Lunatic asylums in Bengal annual reports 1888-1898 - 1888-1898
Year: 1888
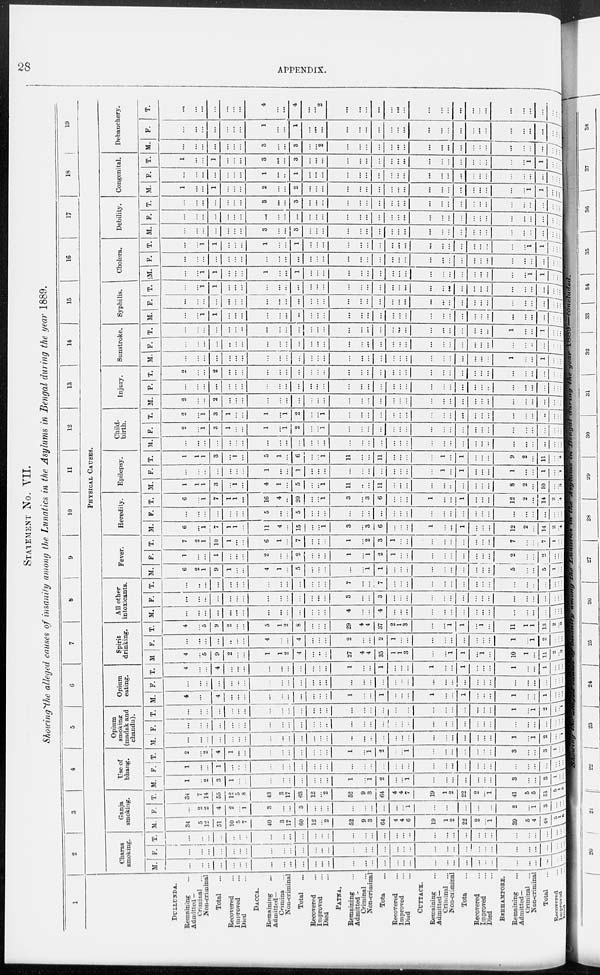
28
APPENDIX.
STATEMENT NO. VII.
Showing the alleged causes of insanity among the Lunatics in the Asylums in Bengal during the year 1889.
1
DULLUNDA.
Remaining ...
Admitted -
Criminal ...
Non-criminal
Total ...
Recovered ...
Improved ...
Died ...
DACCA.
Remaining ...
Admitted—
Criminal ...
Non-criminal
Total ...
Recovered ...
Improved ...
Died ...
PATNA.
Remaining ...
Admitted -
Criminal ...
Non-criminal
Total ...
Recovered ...
Improved ...
Died ...
CUTTACK.
Remaining ...
Admitted—
Criminal ...
Non-criminal
Total ...
Recovered ...
Improved ...
Died ...
BERHAMPORE.
Remaining ...
Admitted—
Criminal ...
Non-criminal
Total ...
Recovered ...
Improved ...
Died ...
2
3
4
5
6
7
8
9
10
11
12
13
14
15
16
17
18
19
PHYSICAL
CAUSES.
Charas
smoking.
M.
...
...
...
...
...
...
...
...
...
...
...
...
...
...
...
...
...
...
...
...
...
...
...
...
...
...
...
...
...
...
...
...
...
...
...
F.
...
...
...
...
...
...
...
...
...
...
...
...
...
...
...
...
...
...
...
...
...
...
...
...
...
...
...
...
...
...
...
...
...
...
...
T.
...
...
...
...
...
...
...
...
...
...
...
...
...
...
...
...
...
...
...
...
...
...
...
...
...
...
...
...
...
...
...
...
...
...
...
Ganja
smoking.
M.
34
5
12
51
10
5
7
40
3
17
60
12
...
2
52
9
3
64
4
4
6
19
1
2
22
2
...
1
39
5
4
48
5
1
5
F.
...
2
2
4
2
...
1
3
...
...
3
...
...
...
...
...
...
...
...
...
1
...
...
...
...
...
...
...
2
...
1
3
...
...
...
T.
34
7
14
55
12
5 8
43
3
17
63
12
...
2
52
9
3
64
4
4
7
19
1
2
22
2
...
1
41
5
5
51
5 1 5
Use of
bhang.
M.
1
...
2
3
1
...
...
...
...
...
...
...
...
...
1
...
1
2
...
...
1
...
...
...
...
...
...
...
3
...
...
3
1 ...
...
F.
1
...
...
1
...
...
...
...
...
...
...
...
...
...
. ..
...
...
...
...
...
...
...
...
...
...
...
...
...
...
...
...
...
...
...
...
T.
2
...
2
4
1
...
...
...
...
...
...
...
...
...
1
...
1
2
...
...
1
...
...
...
...
...
...
...
3
...
...
3
1
...
...
Opium
smoking
(madak and
chandu).
M.
...
...
...
...
...
...
...
...
...
...
...
...
...
...
. ..
...
...
...
...
...
...
...
...
...
...
...
...
...
1
...
1
2
...
...
1
F.
...
...
...
...
...
...
...
...
...
...
...
...
...
...
...
...
...
...
...
...
...
...
...
...
...
...
...
...
...
...
...
...
...
...
...
T.
...
...
...
...
...
...
...
...
...
...
...
...
...
...
...
...
...
...
...
...
...
...
...
...
...
...
...
...
1
...
1
2
...
...
1
Opium
eating.
M.
4
...
...
4
...
...
...
...
...
...
...
...
...
...
1
...
...
1
...
...
...
1
...
...
1
...
...
...
1
...
...
1
...
...
...
F.
...
...
...
...
...
...
...
...
...
...
...
...
...
...
...
...
...
...
...
...
...
...
...
...
...
...
...
...
...
...
...
...
...
...
...
T.
4
...
...
4
...
...
...
...
...
...
...
...
...
...
1
...
...
1
...
...
...
1
...
...
1
...
...
...
1
...
...
1
...
...
...
Spirit
drinking.
M
4
...
5
9
2
...
...
1
1
2
4
...
...
...
27
4
4
35
1
1
3
...
...
1
1
...
1
...
10
1
11
2
...
3
F.
...
...
...
...
...
...
...
4
...
...
4
...
...
...
2
...
...
2
1
...
...
...
...
...
...
...
...
...
1
...
i
2
... ... ...
T.
4
...
5
9
2
...
...
5
1
2
8
...
...
...
29
4
4
37
2
1
3
...
...
1
1
...
1
...
11
1
1
13
2 ...
3
All other
intoxicants.
M.
...
...
...
...
...
...
...
...
. ..
...
...
...
...
...
4
...
...
4
...
...
...
...
...
...
...
...
...
...
...
...
...
...
...
...
...
F.
...
...
...
...
...
...
...
...
...
...
...
. ..
. ..
...
3
...
...
3
...
...
...
...
...
...
...
...
...
...
...
...
...
...
...
...
...
T.
...
...
...
...
...
...
...
...
...
...
...
...
...
...
7
...
...
7
...
...
...
...
...
...
...
...
...
...
...
...
...
...
...
...
...
Fever.
M.
6
2
1
9
1
...
...
4
1
...
5
...
...
...
...
...
1
1
...
...
...
...
...
...
...
...
...
...
5
...
...
5
1
...
...
F.
1
...
...
1
...
...
...
2
...
...
2
...
...
...
1
. ..
1
2
1
...
...
...
...
...
...
...
...
...
2
...
...
2
...
...
...
T.
7
2
1
10
1
...
...
6
1
...
7
...
...
...
1
...
2
3
1
...
...
...
...
...
...
...
...
...
7
...
...
7
1
...
...
Heredity.
M.
6
...
1
7
1
1
...
11
4
...
15
...
...
1
3
...
3
6
...
...
...
1
...
...
1
...
...
...
12
2
...
14
2
... 4
F.
...
...
...
...
...
...
...
5
...
...
5
...
...
...
...
...
...
...
...
...
...
...
...
...
...
...
...
...
...
...
...
...
...
...
...
T.
6
...
1
7
1
1
...
16
4
...
20
...
...
1
3
...
3
6
...
...
...
1
...
...
1
...
...
...
12
2
...
14
2
... 4
Epilepsy.
M.
1
1
1
3
...
1
...
4
1
...
5
...
...
1
11
...
...
11
...
...
...
...
...
...
...
...
...
...
8
2
...
10
...
... 3
F.
...
...
...
...
...
...
...
1
...
...
1
...
...
...
...
...
...
...
...
...
...
...
1
...
1
...
...
...
1
...
...
1
...
... 1
T.
1
1
1
3
...
1
...
5
1
...
6
...
...
1
11
. ..
...
11
...
...
...
...
1
...
1
...
...
...
9
2
...
11
...
...
4
Child-
birth.
M.
...
...
...
...
...
...
...
...
...
...
...
...
...
...
...
...
...
...
...
...
...
...
...
...
...
...
...
...
...
...
...
...
...
...
...
F.
2
...
1
3
1
...
...
1
...
1
2
...
...
1
...
...
...
...
...
...
...
...
...
...
...
. ..
. ..
...
...
...
...
...
...
...
...
T.
2
...
1
3
1
...
...
1
...
1
2
...
...
1
...
. ..
...
...
...
...
...
...
...
...
...
...
...
...
...
...
...
...
...
... ...
Injury.
M.
2
...
...
2
...
...
...
...
...
...
...
...
...
...
...
...
...
...
...
...
...
...
...
...
...
...
...
...
...
...
...
...
...
...
...
F.
...
...
...
...
...
...
...
...
...
...
...
...
...
...
...
...
...
...
...
...
...
...
...
...
...
...
...
...
...
...
...
...
... ... ...
T.
2
...
...
2
...
...
...
...
...
...
...
...
...
...
...
...
...
...
...
...
...
...
...
...
...
...
...
...
...
...
...
...
...
...
...
Sunstroke.
M.
...
...
...
...
...
...
...
...
...
...
...
...
...
...
...
...
...
...
...
...
...
...
...
...
...
...
...
1
...
...
1
... ...
...
F.
...
...
...
...
...
...
...
...
...
...
...
...
...
...
...
...
...
...
...
...
...
...
...
...
...
...
...
...
...
...
...
...
...
...
...
T.
...
...
...
...
...
...
...
...
...
...
...
...
...
...
...
...
...
...
...
...
...
...
...
...
...
...
...
...
1
...
...
1
... ...
...
Syphilis.
M.
...
...
1
1
...
...
...
...
...
...
...
...
...
...
...
...
...
...
...
...
...
...
...
...
...
...
...
...
...
...
...
...
...
...
...
F.
...
...
...
...
...
...
...
...
...
...
...
...
...
...
...
...
...
...
...
...
...
...
...
...
...
...
...
...
...
...
...
...
...
...
...
T.
...
...
1
1
...
...
...
...
...
...
...
...
...
...
...
...
...
...
...
...
...
...
...
...
...
...
. ..
...
...
...
...
...
...
...
...
Cholera.
M.
...
...
1
1
...
...
...
1
...
...
1
...
...
...
...
...
...
...
...
...
...
...
...
...
...
...
. ..
...
...
...
1
1
...
...
...
F.
...
...
...
...
...
...
...
...
...
...
...
...
...
...
...
...
...
...
...
...
...
...
...
...
...
...
...
...
...
...
...
...
...
...
...
T.
...
...
1
1
...
...
...
1
...
...
1
...
...
...
...
...
...
...
...
...
...
...
...
...
...
...
. ..
...
...
...
1
1
...
...
...
Debility.
M.
...
...
...
...
...
...
...
3
...
...
3
...
...
...
...
...
...
...
...
...
...
...
...
...
...
...
...
...
...
...
...
...
...
...
...
F.
...
...
...
...
...
...
...
...
...
...
...
...
...
...
...
...
...
...
...
...
...
...
...
...
...
...
. ..
...
...
...
...
...
...
... ...
T.
...
...
...
...
...
...
...
3
...
...
3
...
...
...
...
...
...
...
...
...
...
...
...
...
...
...
. ..
...
...
...
...
...
...
...
...
Congenital.
M.
1
...
...
1
...
...
...
2
...
...
2
...
...
...
...
...
...
...
...
...
...
...
...
...
...
...
...
...
...
...
1
1
...
...
...
F.
...
...
...
...
...
...
...
1
...
...
1
...
...
...
...
...
...
...
...
...
...
...
...
...
...
...
. ..
...
...
...
...
...
...
...
...
T.
1
...
...
1
...
...
...
3
...
...
3
...
...
...
...
...
...
...
...
...
...
...
...
...
...
...
...
...
...
...
1
1
...
...
...
Debauchery.
M.
...
...
...
...
...
...
...
3
...
...
3
...
...
2
...
...
...
...
...
...
...
...
...
...
...
...
...
...
...
...
...
...
...
...
...
F.
...
...
...
...
...
...
...
1
...
...
1
...
...
...
...
...
...
...
...
...
...
...
...
...
...
...
...
...
...
...
...
...
...
...
...
T.
...
...
...
...
...
...
...
4
...
...
4
...
...
2
...
...
...
...
...
...
...
...
...
...
...
...
...
...
...
...
...
...
...
...
...